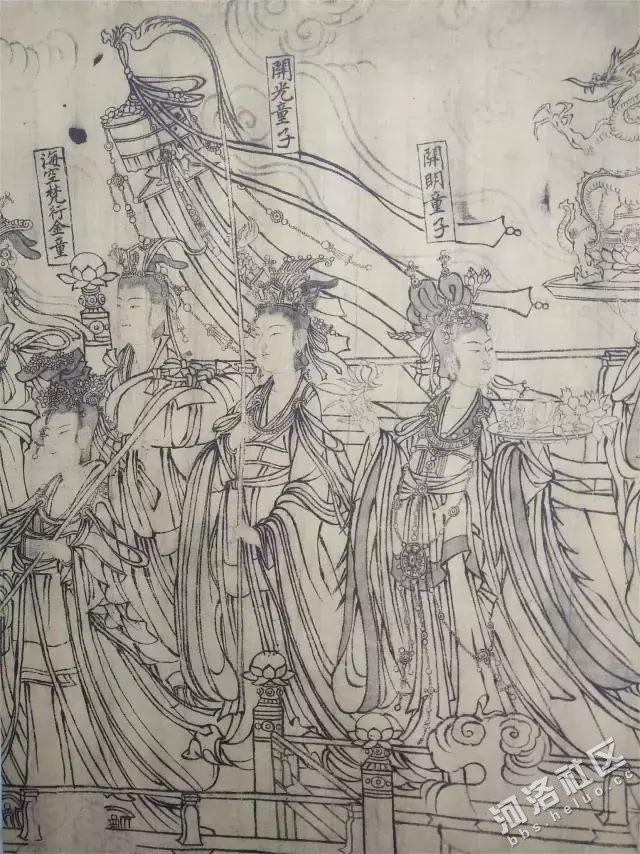
洛阳城东西，长作经时别。